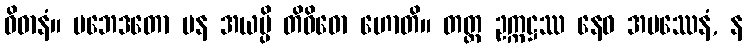
ဝိဓာနံ။ ပဘေဒတော ပန အယမ္ပိ တိဝိဓော ဟောတိ။ တတ္ထ ဥက္ကဋ္ဌဿ နေဝ အပဿေနံ, န